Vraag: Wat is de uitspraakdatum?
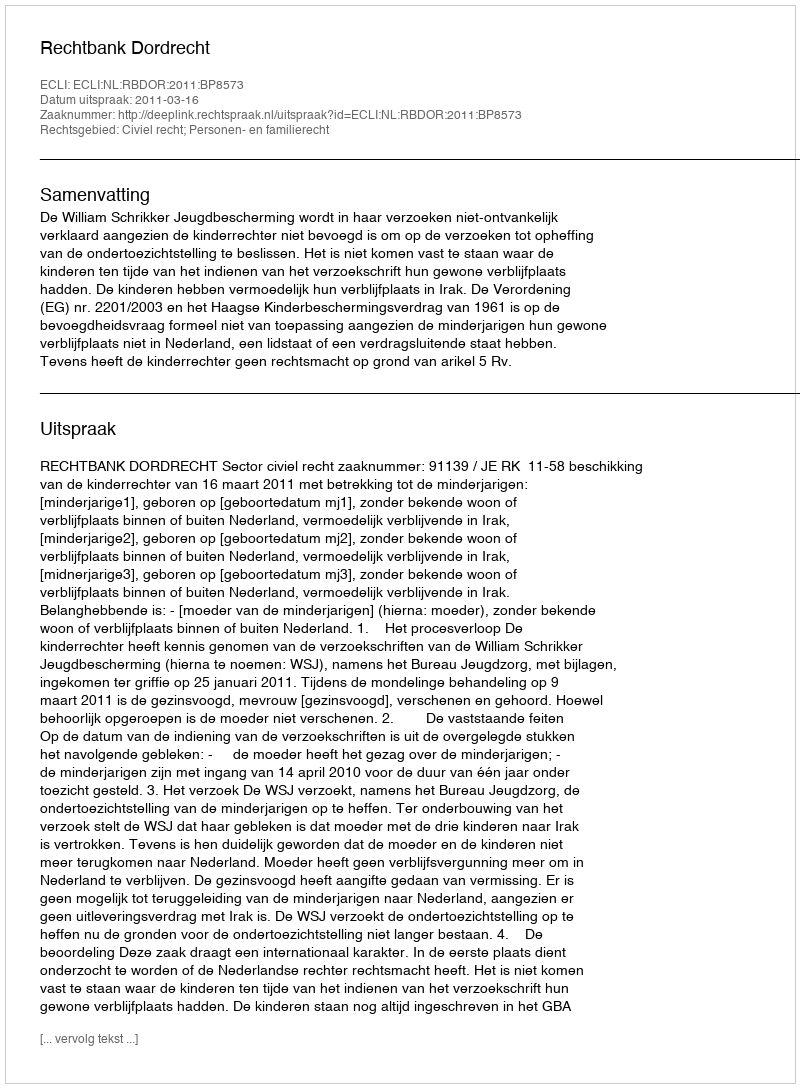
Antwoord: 2011-03-16